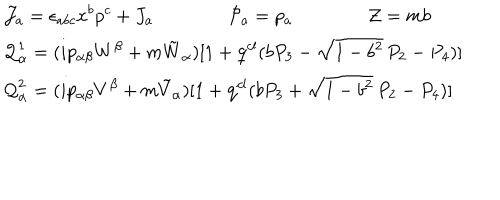
LaTeX: \begin{array} { l } { { \displaystyle { \cal J } _ { a } = \epsilon _ { a b c } x ^ { b } p ^ { c } + J _ { a } \qquad \qquad { \cal P } _ { a } = p _ { a } \qquad \qquad { \cal Z } = m b } } \\ { { \displaystyle { \cal Q } _ { \alpha } ^ { 1 } = ( i p _ { \alpha \beta } W ^ { \beta } + m \tilde { W } _ { \alpha } ) [ 1 + \mathrm { q } ^ { c l } ( b P _ { 3 } - \sqrt { 1 - b ^ { 2 } } \, P _ { 2 } - P _ { 4 } ) ] } } \\ { { \displaystyle { \cal Q } _ { \alpha } ^ { 2 } = ( i p _ { \alpha \beta } V ^ { \beta } + m \tilde { V } _ { \alpha } ) [ 1 + \mathrm { q } ^ { c l } ( b P _ { 3 } + \sqrt { 1 - b ^ { 2 } } \, P _ { 2 } - P _ { 4 } ) ] } } \\ \end{array}